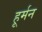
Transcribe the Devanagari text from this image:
हूर्मन